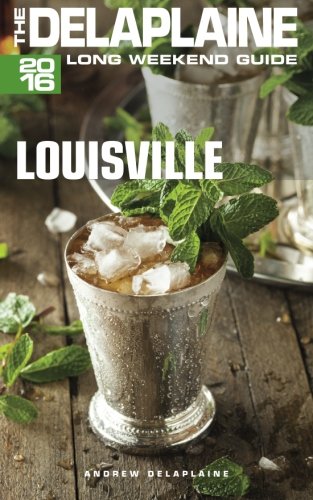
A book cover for LOUISVILLE - The Delaplaine 2016 Long Weekend Guide (Long Weekend Guides); Andrew Delaplaine; Travel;